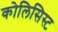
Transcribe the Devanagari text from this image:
कोलिसिस्ट